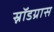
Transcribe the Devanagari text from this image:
स्नॉडग्रास